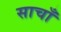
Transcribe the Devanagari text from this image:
साचाँ